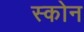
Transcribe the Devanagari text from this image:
स्कोन